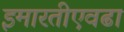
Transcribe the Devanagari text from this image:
इमारतीएवढा